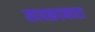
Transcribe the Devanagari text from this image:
सावळदबारा